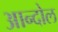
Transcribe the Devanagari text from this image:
आन्दोल